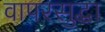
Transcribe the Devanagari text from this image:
वापरसुद्धा